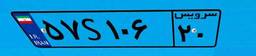
۱۵S۶۷۴۷۱